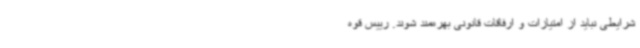
شرایطی نباید از امتیازات و ارفاقات قانونی بهره‌مند شوند. رییس قوه